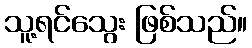
သူ့ရင်သွေး ဖြစ်သည်။